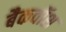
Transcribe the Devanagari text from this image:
बैकवॉश